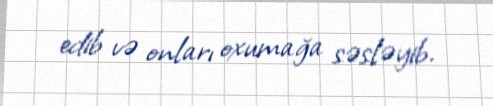
edib və onları oxumağa səsləyib.